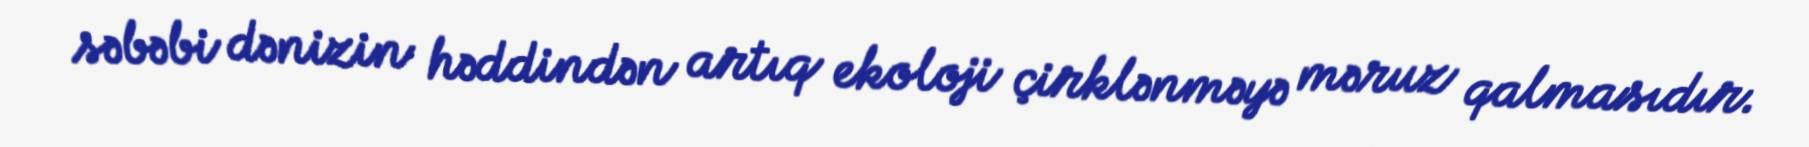
səbəbi dənizin həddindən artıq ekoloji çirklənməyə məruz qalmasıdır.